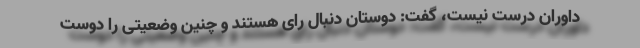
داوران درست نیست، گفت: دوستان دنبال رای هستند و چنین وضعیتی را دوست